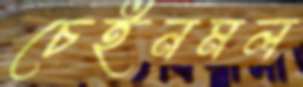
চেইনমল